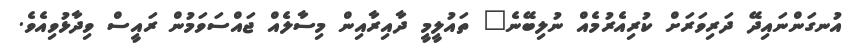
އުނގަންނައިދޭ ދަރިވަރަށް ކުރިއެރުމެއް ނުލިބޭނެ" ތައުލީމީ ދާއިރާއިން މިސާލެއް ޖައްސަވަމުން ރައީސް ވިދާޅުވިއެވެ.